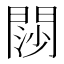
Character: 閯